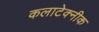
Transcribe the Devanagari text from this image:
कलाटेक्नीक